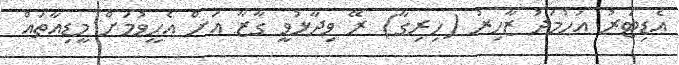
އެޑިޓަރު އަހުމަދު ޒާހިރު (ހިރިގާ) ރޭ ވިދާޅުވީ ގާޒާ އަށް އެހީވުމަށް މީޑިއާތައް